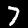
Digit: 7